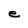
Character: e